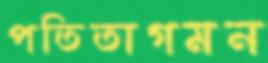
পতিতাগমন